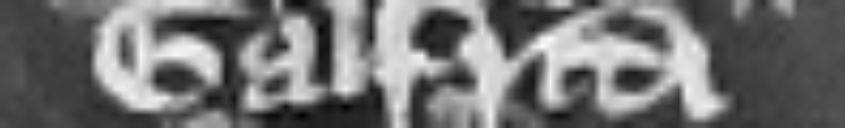
Galfridi